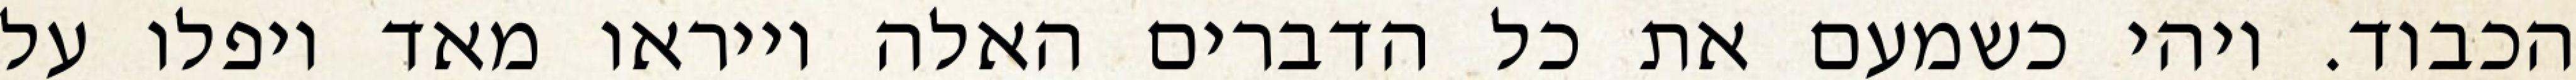
הכבוד. ויהי כשמעם את כל הדברים האלה וייראו מאד ויפלו על